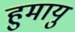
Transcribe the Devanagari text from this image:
हुमायु